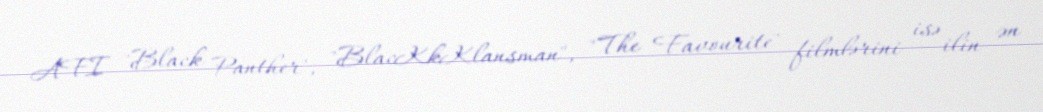
AFI "Black Panther", "BlacKkKlansman", "The Favourite" filmlərini isə ilin ən